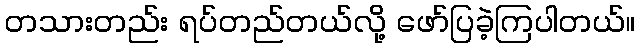
တသားတည်း ရပ်တည်တယ်လို့ ဖော်ပြခဲ့ကြပါတယ်။